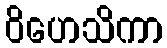
ဝိဟေသိကာ